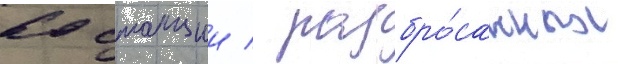
60 станции / разбро́санных